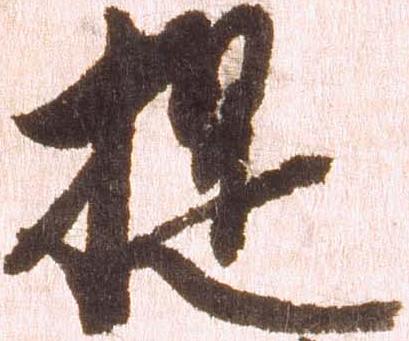
提